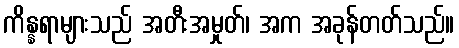
ကိန္နရာများသည် အတီးအမှုတ်၊ အက အခုန်တတ်သည်။